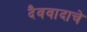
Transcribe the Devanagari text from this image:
दैववादाचे